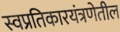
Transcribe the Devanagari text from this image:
स्वप्रतिकारयंत्रणेतील